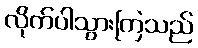
လိုက်ပါသွားကြသည်